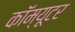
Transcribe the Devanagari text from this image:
कॉम्यूटर